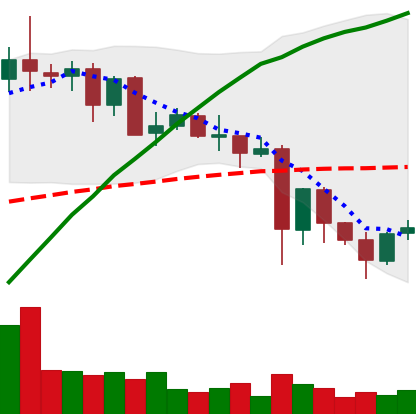
Ticker: NEO-USD
Chart end date: 2021-05-25
Forward return: -8.36%
Label: down_7plus